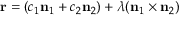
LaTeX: \mathbf { r } = ( c _ { 1 } \mathbf { n } _ { 1 } + c _ { 2 } \mathbf { n } _ { 2 } ) + \lambda ( \mathbf { n } _ { 1 } \times \mathbf { n } _ { 2 } )